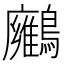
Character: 𪇛